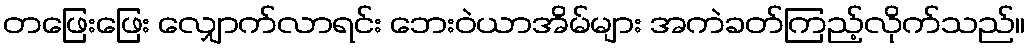
တဖြေးဖြေး လျှောက်လာရင်း ဘေးဝဲယာအိမ်များ အကဲခတ်ကြည့်လိုက်သည်။